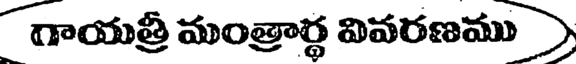
గాయత్రీ మంత్రార్థ వివరణము